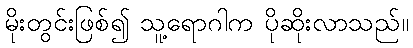
မိုးတွင်းဖြစ်၍ သူ့ရောဂါက ပိုဆိုးလာသည်။